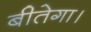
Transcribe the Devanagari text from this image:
बीतेगा।